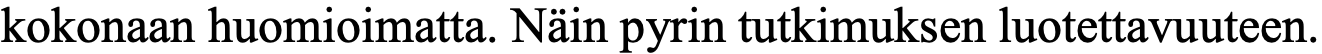
kokonaan huomioimatta. Näin pyrin tutkimuksen luotettavuuteen.